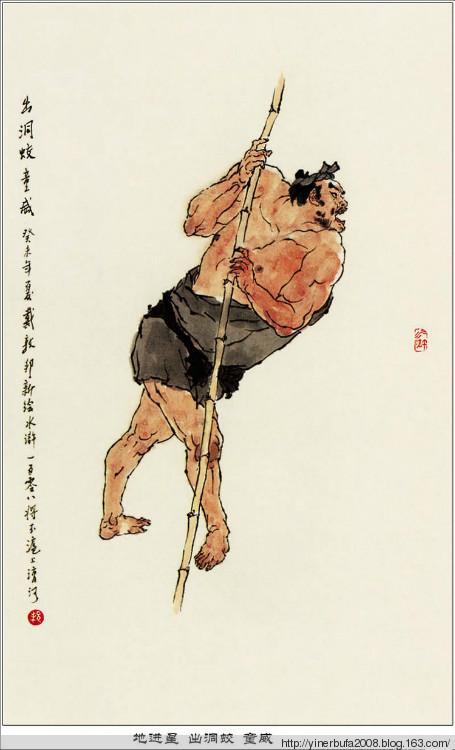
君子引而不发，跃如也。